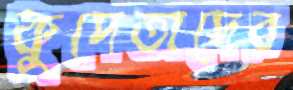
কুদেতাদের